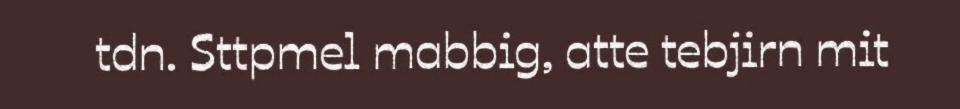
tdn. Sttpmel mabbig, atte tebjirn mit